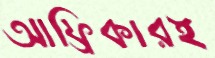
আফ্রিকারই